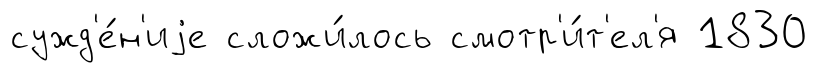
сужд'е́н'иjе сложи́лось смотр'и́т'ел'я 1830